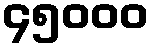
၄၅၀၀၀